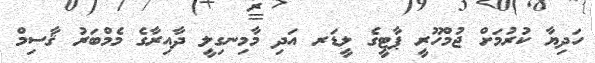
ހަދިޔާ ކުރުމަށް ޖުމްހޫރީ ޕާޓީގެ ލީޑަރ އަދި މާމިނގިލީ ދާއިރާގެ މެމްބަރު ޤާސިމް